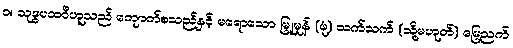
၁။ သုဒ္ဓပထဝီဟူသည် ကျောက်စသည်နှင့် မရောသော မြူမှုန် (ဖုံ) သက်သက် (သို့မဟုတ်) မြေညက်